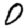
Digit: 0